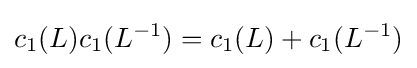
c_{1}(L)c_{1}(L^{-1})=c_{1}(L)+c_{1}(L^{-1})